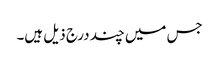
جس میں چند درج ذیل ہیں۔